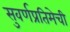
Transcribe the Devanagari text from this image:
सुवर्णप्रतिमेची